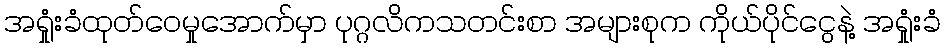
အရှုံးခံထုတ်ဝေမှုအောက်မှာ ပုဂ္ဂလိကသတင်းစာ အများစုက ကိုယ်ပိုင်ငွေနဲ့ အရှုံးခံ